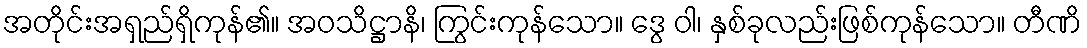
အတိုင်းအရှည်ရှိကုန်၏။ အဝသိဋ္ဌာနိ၊ ကြွင်းကုန်သော။ ဒွေ ဝါ၊ နှစ်ခုလည်းဖြစ်ကုန်သော။ တီဏိ